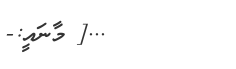
...[ މާނައީ:-